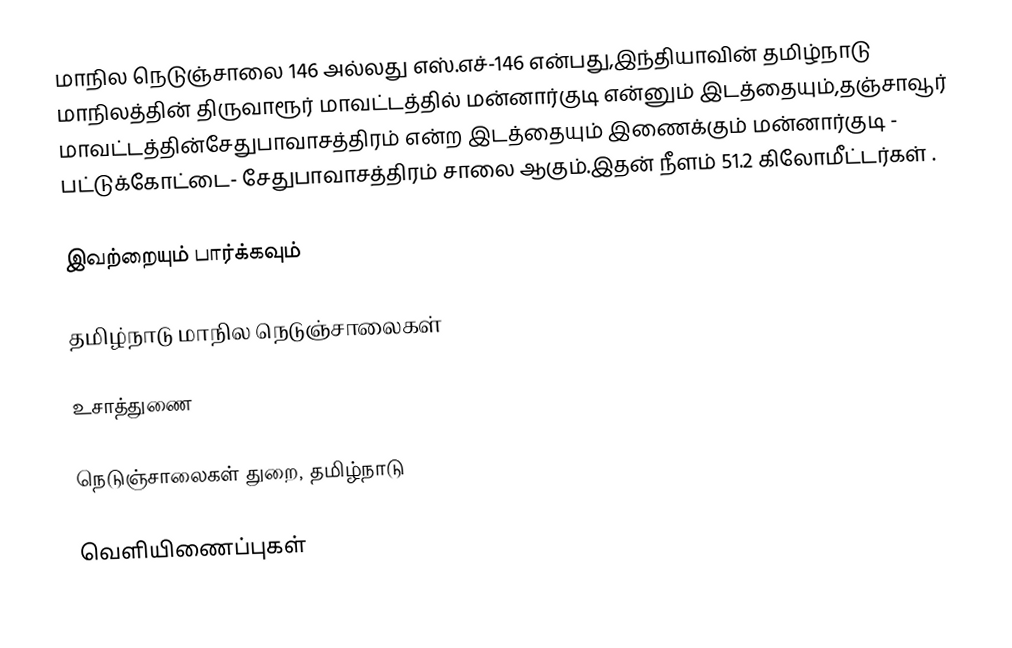
மாநில நெடுஞ்சாலை 146 அல்லது எஸ்.எச்-146  என்பது,இந்தியாவின் தமிழ்நாடு மாநிலத்தின்  திருவாரூர் மாவட்டத்தில்  மன்னார்குடி  என்னும் இடத்தையும்,தஞ்சாவூர் மாவட்டத்தின்சேதுபாவாசத்திரம்  என்ற இடத்தையும் இணைக்கும் மன்னார்குடி - பட்டுக்கோட்டை- சேதுபாவாசத்திரம் சாலை ஆகும்.இதன் நீளம் 51.2  கிலோமீட்டர்கள் .

இவற்றையும் பார்க்கவும்

 தமிழ்நாடு மாநில நெடுஞ்சாலைகள்

உசாத்துணை

 நெடுஞ்சாலைகள் துறை, தமிழ்நாடு

வெளியிணைப்புகள்